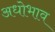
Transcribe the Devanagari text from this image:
अधोभाव